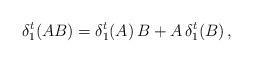
LaTeX: \begin{align*}\delta_1^t (AB) = \delta_1^t (A) \, B + A \, \delta_1^t (B) \, , \end{align*}